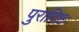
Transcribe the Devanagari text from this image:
पुरादिष्टः